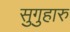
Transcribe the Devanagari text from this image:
सुगुहारु